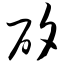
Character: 矽